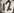
Text: 12